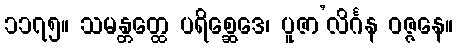
၁၁၇၅။ သမန္တတ္ထေ ပရိစ္ဆေဒေ၊ ပူဇာ’လိင်္ဂန ဝဇ္ဇနေ။